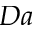
D a